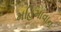
મહિમાવાન